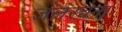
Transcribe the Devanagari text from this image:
जलरचना